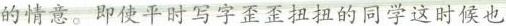
的情意。即使平时写字歪歪扭扭的同学这时候也